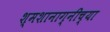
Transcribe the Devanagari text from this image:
श्मशानाग्नीच्या